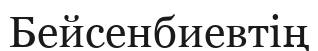
Бейсенбиевтің